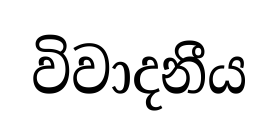
විවාදනීය